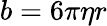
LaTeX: b=6\pi\eta r